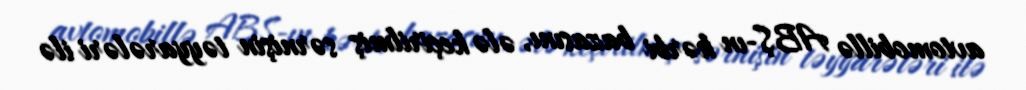
avtomobillə ABŞ-ın hərbi bazasını, ələ keçirilmiş sərnişin təyyarələri ilə